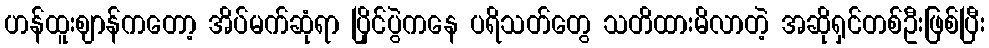
ဟန်ထူးဈာန်ကတော့ အိပ်မက်ဆုံရာ ပြိုင်ပွဲကနေ ပရိသတ်တွေ သတိထားမိလာတဲ့ အဆိုရှင်တစ်ဦးဖြစ်ပြီး